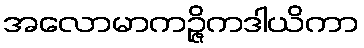
အလောမာကဉ္ဇိကဒါယိကာ